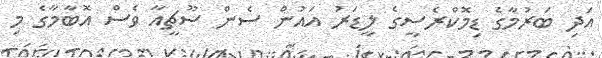
އަދި ބަރުމާގެ ޑިމޮކްރެސީގެ ލީޑަރު އައުން ސެން ސޫޗީއާ ވެސް އޮބާމާގެ މި